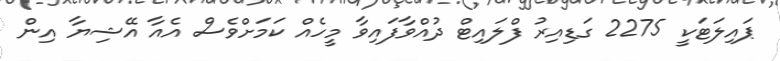
ޕައިލަޓަކީ 2275 ގަޑިއިރު ފްލައިޓް ދުއްވާފައިވާ މީހެއް ކަމަށްވެސް އެއާ އޭޝިޔާ އިން